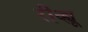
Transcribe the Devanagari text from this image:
रीव्ह्यू